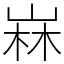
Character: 𡹇